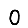
Digit: 0